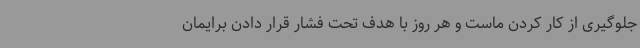
جلوگیری از کار کردن ماست و هر روز با هدف تحت فشار قرار دادن برایمان